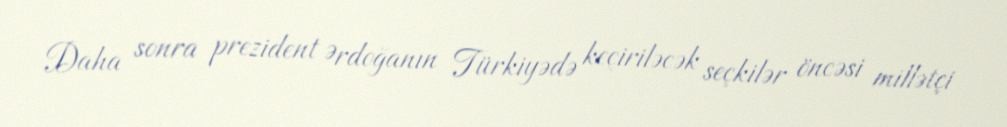
Daha sonra prezident Ərdoğanın Türkiyədə keçiriləcək seçkilər öncəsi millətçi